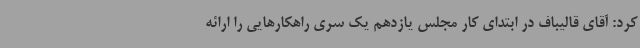
کرد: آقای قالیباف در ابتدای کار مجلس یازدهم یک سری راهکارهایی را ارائه